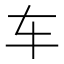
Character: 车